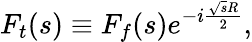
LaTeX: F_{t}(s)\equiv F_{f}(s)e^{-i\frac{\sqrt{s}R}{2}},